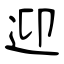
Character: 迎